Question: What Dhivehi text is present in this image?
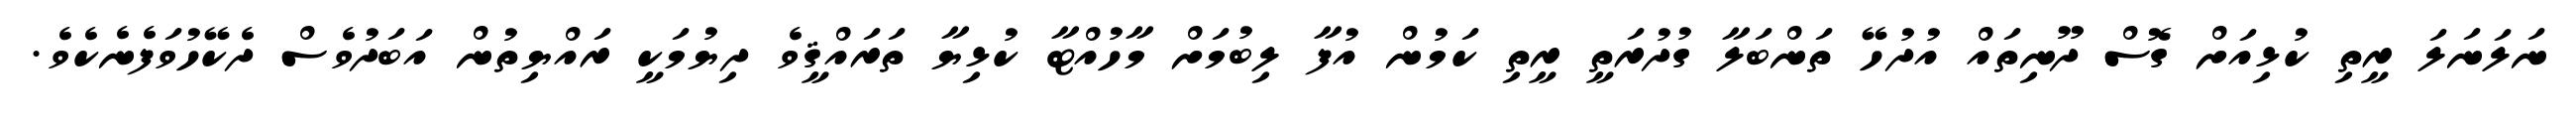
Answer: ނަލަނަލަ ރީތި ކުޅިއަށް ގޮސް ދޫނިތައް އުދުހޭ ތަންބަލާ ގުދުރަތީ ރީތި ކަމުން އުފާ ލިބުމަށް މާހުއްޓާ ކުޅިޔާ ތަރައްޤީވެ ދިޔުމަކީ ރައްޔިތުން އަބަދުވެސް ދެކޭހުވަފެނެކެވެ.